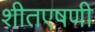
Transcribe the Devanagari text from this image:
शीतएषणी